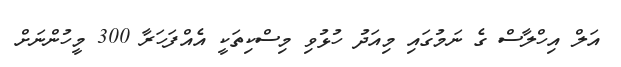
އަލް އިހްލާސް ގެ ނަމުގައި މިއަދު ހުޅުވި މިސްކިތަކީ އެއްފަހަރާ 300 މީހުންނަށް